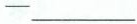
-___